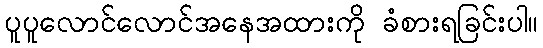
ပူပူလောင်လောင်အနေအထားကို ခံစားရခြင်းပါ။